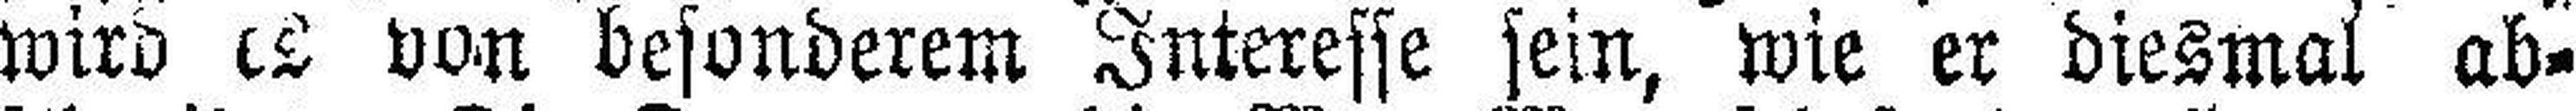
wird es von besonderem Interesse sein, wie er diesmal ab¬